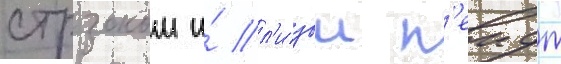
стрзоком и́ л'изои п'еидж